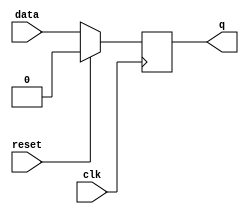
module synchronous_logic (
    input wire clk,
    input wire reset,
    input wire data,
    output reg q
);

always @ (negedge clk) begin
    if (reset) begin
        q <= 1'b0;
    end else begin
        q <= data;
    end
end

endmodule